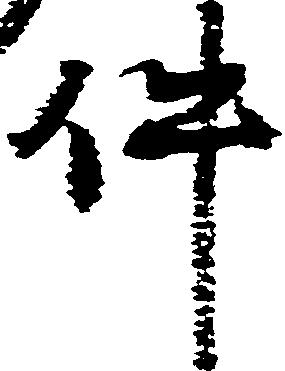
件